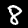
Digit: 8